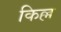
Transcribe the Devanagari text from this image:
किल्ल